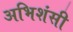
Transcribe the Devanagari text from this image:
अभिशंसी